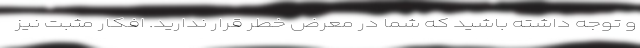
و توجه داشته باشید که شما در معرض خطر قرار ندارید. افکار مثبت نیز